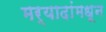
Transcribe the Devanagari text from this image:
मर्यादांमधून